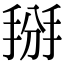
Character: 掰